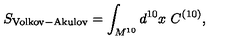
S _ { \mathrm { V o l k o v - A k u l o v } } = \int _ { M ^ { 1 0 } } d ^ { 1 0 } x \ C ^ { ( 1 0 ) } ,